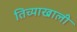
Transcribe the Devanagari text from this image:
तिच्याखाली